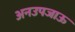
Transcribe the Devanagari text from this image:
अनउपजाऊ